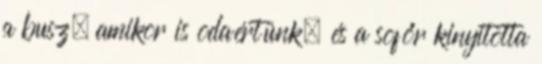
a busz, amikor is odaértünk, és a sofőr kinyitotta